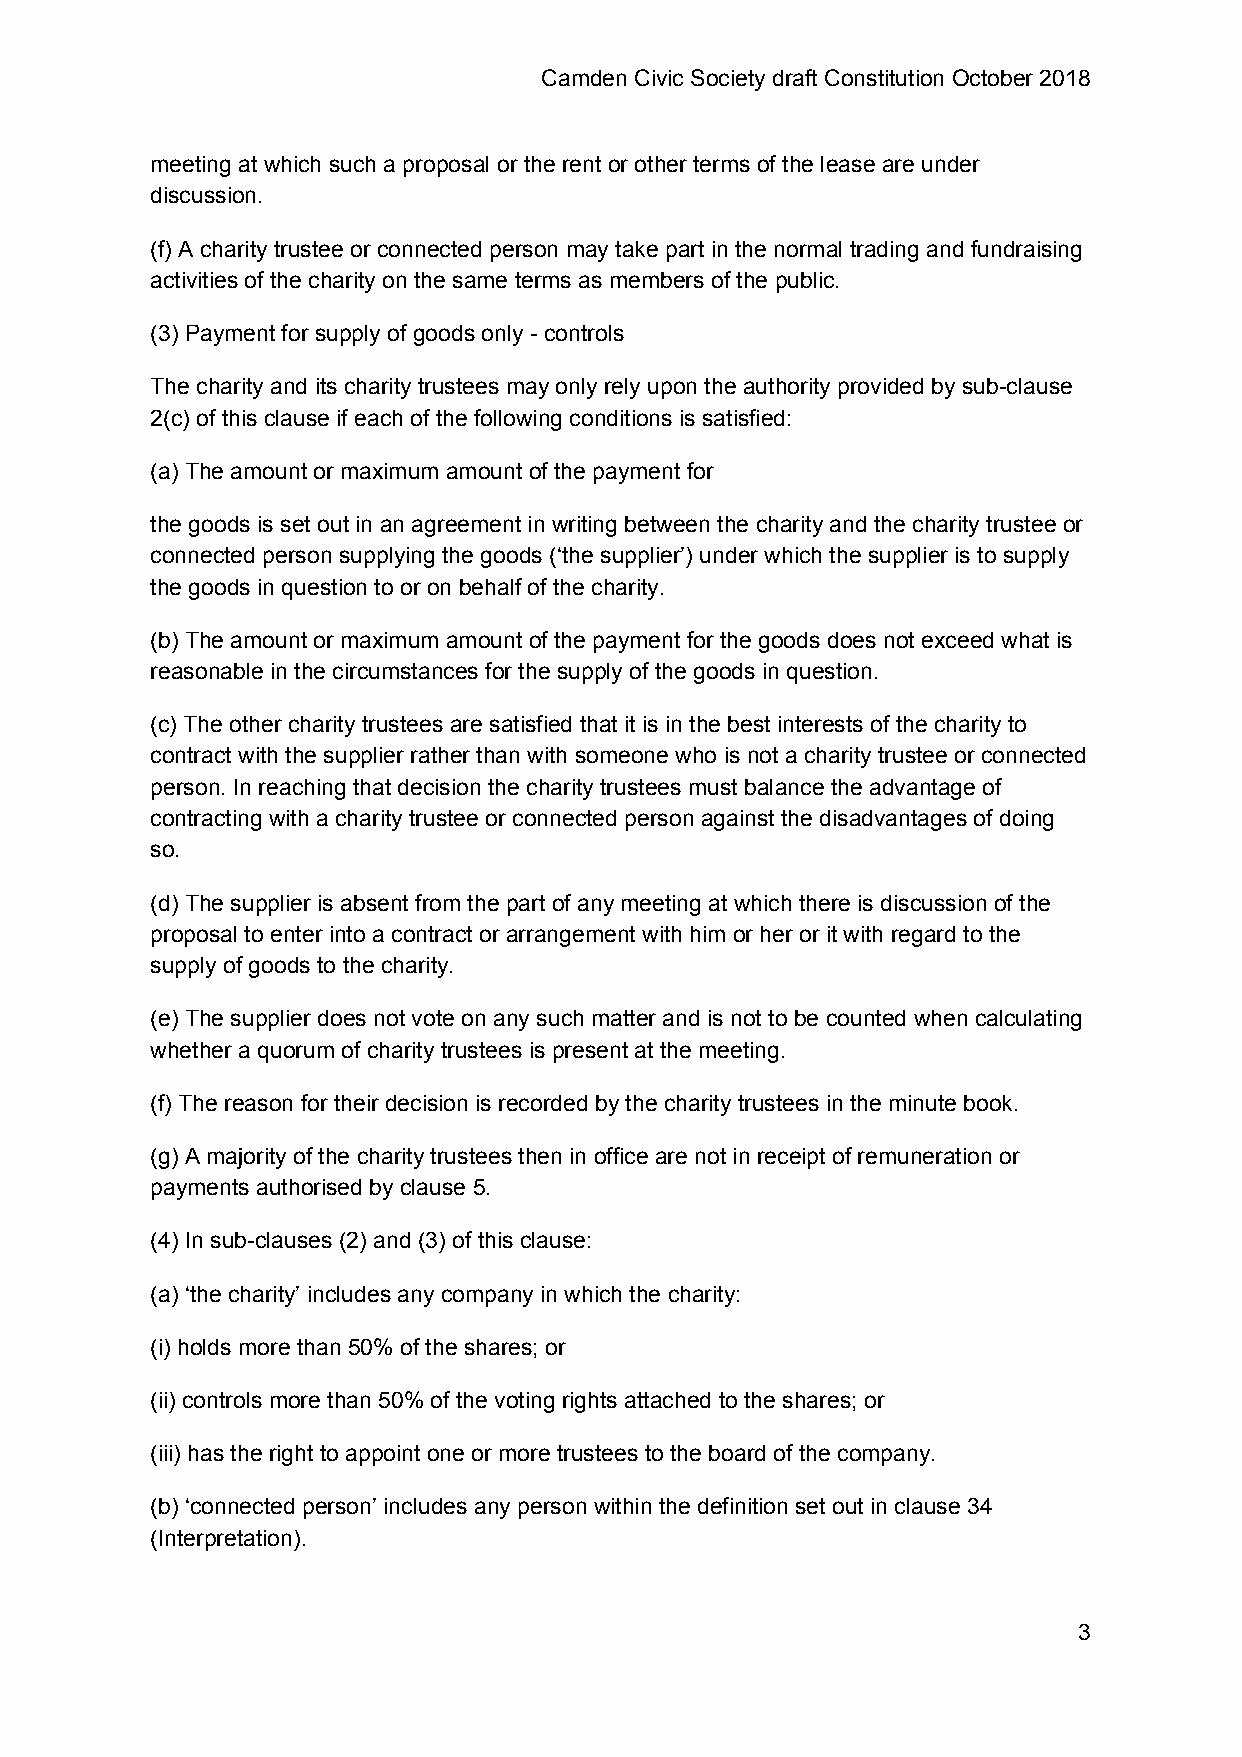
Camden Civic Society draft Constitution October 2018
 meeting at which such a proposal or the rent or other terms of the lease are under
 discussion.
 (f) A charity trustee or connected person may take part in the normal trading and fundraising
 activities of the charity on the same terms as members of the public.
 (3) Payment for supply of goods only - controls
 The charity and its charity trustees may only rely upon the authority provided by sub-clause
 2(c) of this clause if each of the following conditions is satisfied:
 (a) The amount or maximum amount of the payment for
 the goods is set out in an agreement in writing between the charity and the charity trustee or
 connected person supplying the goods (‘the supplier’) under which the supplier is to supply
 the goods in question to or on behalf of the charity.
 (b) The amount or maximum amount of the payment for the goods does not exceed what is
 reasonable in the circumstances for the supply of the goods in question.
 (c) The other charity trustees are satisfied that it is in the best interests of the charity to
 contract with the supplier rather than with someone who is not a charity trustee or connected
 person. In reaching that decision the charity trustees must balance the advantage of
 contracting with a charity trustee or connected person against the disadvantages of doing
 so.
 (d) The supplier is absent from the part of any meeting at which there is discussion of the
 proposal to enter into a contract or arrangement with him or her or it with regard to the
 supply of goods to the charity.
 (e) The supplier does not vote on any such matter and is not to be counted when calculating
 whether a quorum of charity trustees is present at the meeting.
 (f) The reason for their decision is recorded by the charity trustees in the minute book.
 (g) A majority of the charity trustees then in office are not in receipt of remuneration or
 payments authorised by clause 5.
 (4) In sub-clauses (2) and (3) of this clause:
 (a) ‘the charity’ includes any company in which the charity:
 (i) holds more than 50% of the shares; or
 (ii) controls more than 50% of the voting rights attached to the shares; or
 (iii) has the right to appoint one or more trustees to the board of the company.
 (b) ‘connected person’ includes any person within the definition set out in clause 34
 (Interpretation).
 3